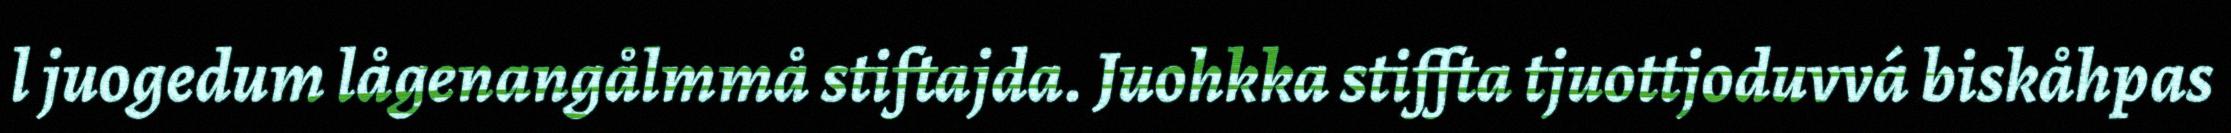
l juogedum lågenangålmmå stiftajda. Juohkka stiffta tjuottjoduvvá biskåhpas